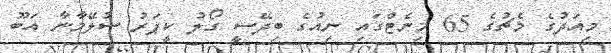
މިއަދުގެ މެޗުގެ 65 މިނެޓްގައި ނިއުގެ ބިދޭސީ ގޯލު ކީޕަރު ސުލޭމާނާ އަބޫ